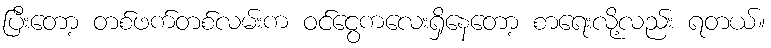
ပြီးတော့ တစ်ဖက်တစ်လမ်းက ဝင်ငွေကလေးရှိနေတော့ စာရေးလို့လည်း ရတယ်။